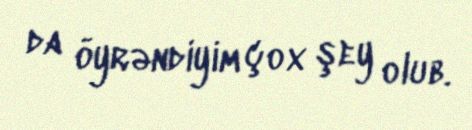
da öyrəndiyim çox şey olub.